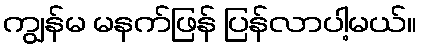
ကျွန်မ မနက်ဖြန် ပြန်လာပါ့မယ်။